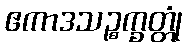
ဧကာဒသဉ္စက္ခတ္တုံ